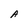
Character: A